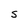
Character: S